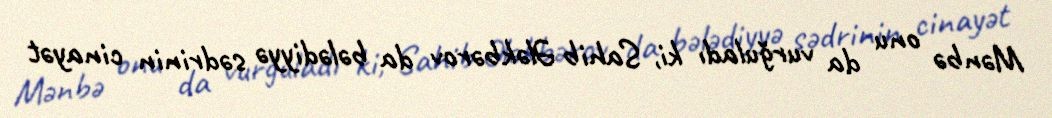
Mənbə onu da vurğuladı ki, Sahib Ələkbərov da bələdiyyə sədrinin cinayət